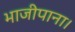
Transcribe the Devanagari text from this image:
भाजीपाना।